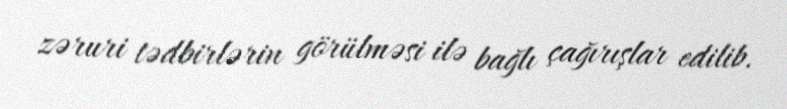
zəruri tədbirlərin görülməsi ilə bağlı çağırışlar edilib.